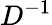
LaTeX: D^{-1}